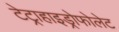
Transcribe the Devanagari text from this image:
टेट्राहाइड्रोफोलेट